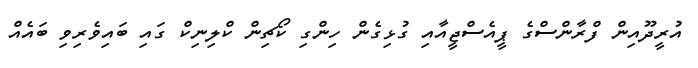
އުރީދޫއިން ފްރާންސްގެ ޕީއެސްޖީއާއި ގުޅިގެން ހިންގި ކޯޗިން ކްލިނިކް ގައި ބައިވެރިވި ބައެއް